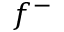
f ^ { - }